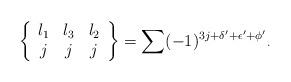
LaTeX: \begin{align*}\left\{\begin{array}[c]{ccc}l_{1} & l_{3} & l_{2}\\j & j & j\end{array}\right\} =\sum(-1)^{3j+\delta^{\prime}+\epsilon^{\prime}+\phi^{\prime}}{}_{\cdot} \end{align*}